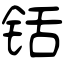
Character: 铦